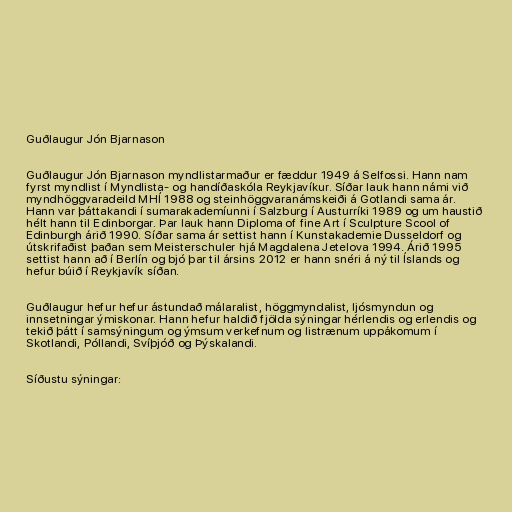
Guðlaugur Jón Bjarnason

Guðlaugur Jón Bjarnason myndlistarmaður er fæddur 1949 á Selfossi. Hann nam
fyrst myndlist í Myndlista- og handíðaskóla Reykjavíkur. Síðar lauk hann námi við
myndhöggvaradeild MHÍ 1988 og steinhöggvaranámskeiði á Gotlandi sama ár.
Hann var þáttakandi í sumarakademíunni í Salzburg í Austurríki 1989 og um haustið
hélt hann til Edinborgar. Þar lauk hann Diploma of fine Art í Sculpture Scool of
Edinburgh árið 1990. Síðar sama ár settist hann í Kunstakademie Dusseldorf og
útskrifaðist þaðan sem Meisterschuler hjá Magdalena Jetelova 1994. Árið 1995
settist hann að í Berlín og bjó þar til ársins 2012 er hann snéri á ný til Íslands og
hefur búið í Reykjavík síðan.

Guðlaugur hefur hefur ástundað málaralist, höggmyndalist, ljósmyndun og
innsetningar ýmiskonar. Hann hefur haldið fjölda sýningar hérlendis og erlendis og
tekið þátt í samsýningum og ýmsum verkefnum og listrænum uppákomum í
Skotlandi, Póllandi, Svíþjóð og Þýskalandi.

Síðustu sýningar: